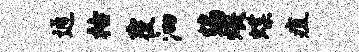
通祜覆泗编煨蝶疽